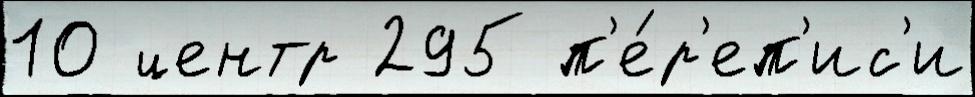
10 центр 295 п'е́р'еп'ис'и